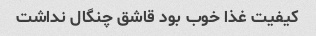
کیفیت غذا خوب بود قاشق چنگال نداشت